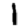
Digit: 1